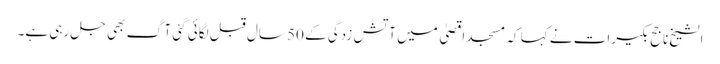
الشیخ ناجح بکیرات نے کہا کہ مسجد اقصیٰ میں آتش زدگی کے 50 سال قبل لگائی گئی آگ بھی جل رہی ہے۔